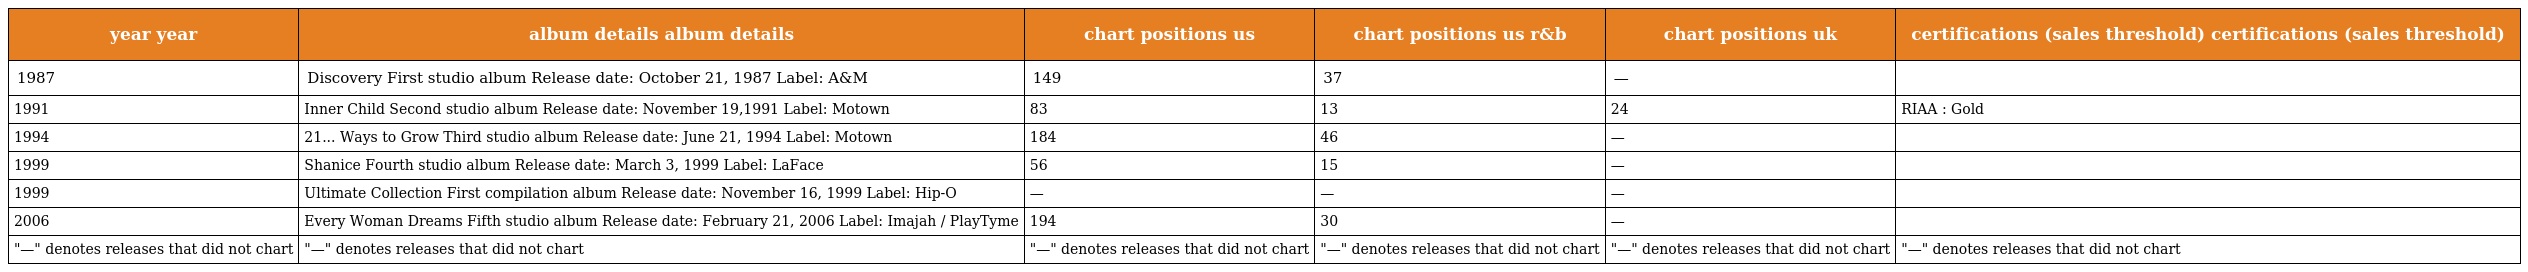
| year year | album details album details | chart positions us | chart positions us r&b | chart positions uk | certifications (sales threshold) certifications (sales threshold) |
 | --- | --- | --- | --- | --- | --- |
 | 1987 | Discovery First studio album Release date: October 21, 1987 Label: A&M | 149 | 37 | — |  |
 | 1991 | Inner Child Second studio album Release date: November 19,1991 Label: Motown | 83 | 13 | 24 | RIAA : Gold |
 | 1994 | 21... Ways to Grow Third studio album Release date: June 21, 1994 Label: Motown | 184 | 46 | — |  |
 | 1999 | Shanice Fourth studio album Release date: March 3, 1999 Label: LaFace | 56 | 15 | — |  |
 | 1999 | Ultimate Collection First compilation album Release date: November 16, 1999 Label: Hip-O | — | — | — |  |
 | 2006 | Every Woman Dreams Fifth studio album Release date: February 21, 2006 Label: Imajah / PlayTyme | 194 | 30 | — |  |
 | "—" denotes releases that did not chart | "—" denotes releases that did not chart | "—" denotes releases that did not chart | "—" denotes releases that did not chart | "—" denotes releases that did not chart | "—" denotes releases that did not chart |